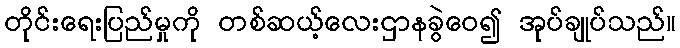
တိုင်းရေးပြည်မှုကို တစ်ဆယ့်လေးဌာနခွဲဝေ၍ အုပ်ချုပ်သည်။